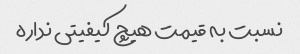
نسبت به قیمت هیچ کیفیتی نداره